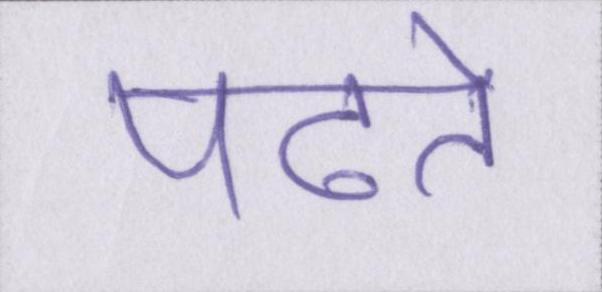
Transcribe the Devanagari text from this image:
पढते